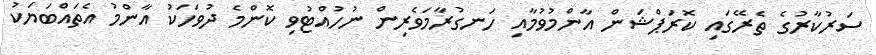
ސަރުކާރުގެ ތެރޭގައި ކޮރަޕްޝަން އާންމުވުމާއި ހަނގުރާމަވެރިން ނުހުއްޓުވި ކޮންމެ ދުވަހަކު އާންމު އެތައްބަޔަކު